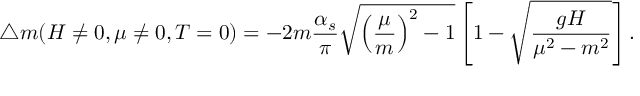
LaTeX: \triangle m ( H \ne 0 , \mu \ne 0 , T = 0 ) = - 2 m \frac { \alpha _ { s } } { \pi } \sqrt { \left( \frac { \mu } m \right) ^ { 2 } - 1 } \left[ 1 - \sqrt { \frac { g H } { \mu ^ { 2 } - m ^ { 2 } } } \right] .